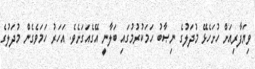
ވިޔަފާރިއަށް ހުށަހެޅޭ މުދަލުގެ ނިޞާބު ހަމަކުރުމުގައި ބަލާނީ އޭގެއަގަށެވެ. އަހަރު ހަމަވެގެން މުދަލުގެ